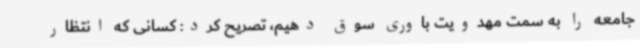
جامعه را به سمت مهدویت باوری سوق دهیم، تصریح کرد: کسانی که انتظار